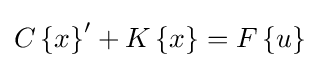
C\left\{x\right\}'+K\left\{x\right\}=F\left\{u\right\}